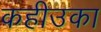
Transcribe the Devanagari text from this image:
कहीउका